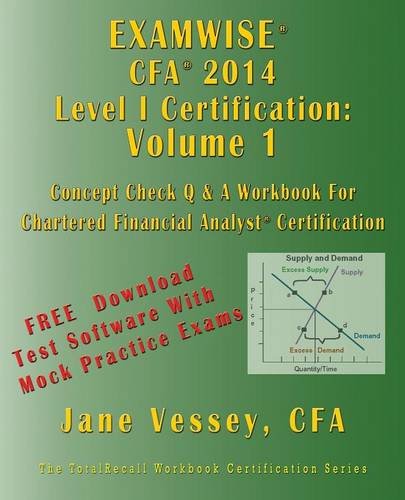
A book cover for Examwise 2014 Cfa Level I Volume 1 - The Candidates 450 Question and Answer Workbook for Chartered Financial Analyst Exam; Jane Vessey; Business & Money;